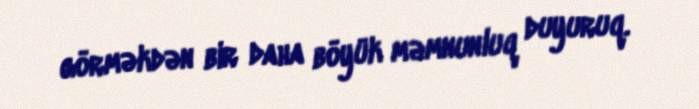
görməkdən bir daha böyük məmnunluq duyuruq.